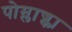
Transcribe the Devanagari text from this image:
पोम्लाज्का